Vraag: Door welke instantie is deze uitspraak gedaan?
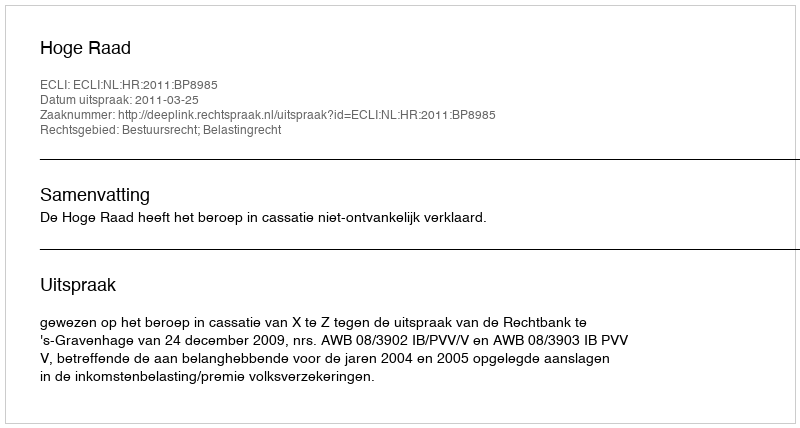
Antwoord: Hoge Raad